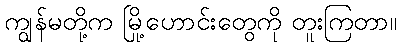
ကျွန်မတို့က မြို့ဟောင်းတွေကို တူးကြတာ။